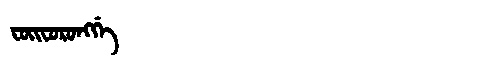
Manchu: ᠸᠣᡳᠸᠣᡵᠣᠩᡤᡝ
Romanization: FOIFORONGGE